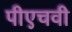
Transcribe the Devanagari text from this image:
पीएचवी